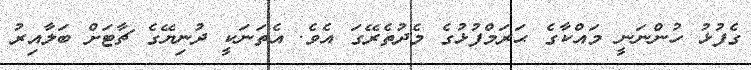
ގެފުޅު ހުންނަނީ މައްކާގެ ޙަރަމްފުޅުގެ މެދުތެރޭގަ އެވެ. އެތަނަކީ ދުނިޔޭގެ ޗާޓަށް ބަލާއިރު